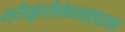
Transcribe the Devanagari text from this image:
श्रीसुंदरीसेवनतत्परानां